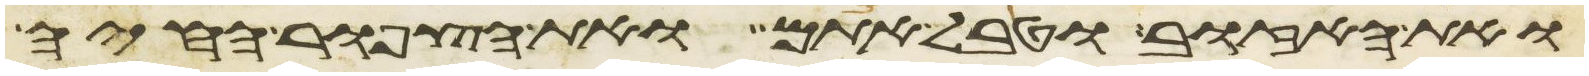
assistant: ואת האזוב וטבל אתם ואת הצפור החיה